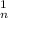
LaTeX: \mathbf { \Delta } _ { n } ^ { 1 }